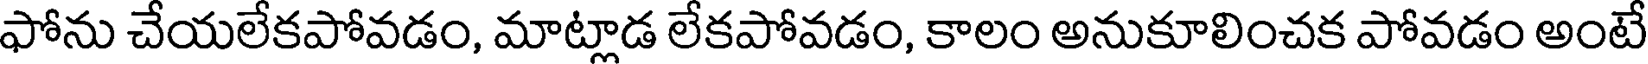
ఫోను చేయలేకపోవడం, మాట్లాడ లేకపోవడం, కాలం అనుకూలించక పోవడం అంటే